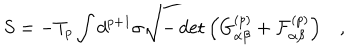
LaTeX: S = - T _ { p } \int d ^ { p + 1 } \sigma \sqrt { - \det \left( G _ { \alpha \beta } ^ { ( p ) } + { \cal { F } } _ { \alpha \beta } ^ { ( p ) } \right) } \quad ,